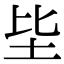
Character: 坒